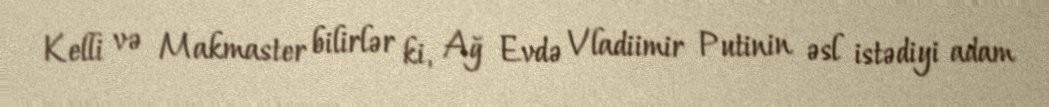
Kelli və Makmaster bilirlər ki, Ağ Evdə Vladiimir Putinin əsl istədiyi adam